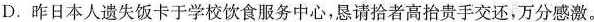
D.昨日本人遗失饭卡于学校饮食服务中心，恳请拾者高抬贵手交还，万分感激。